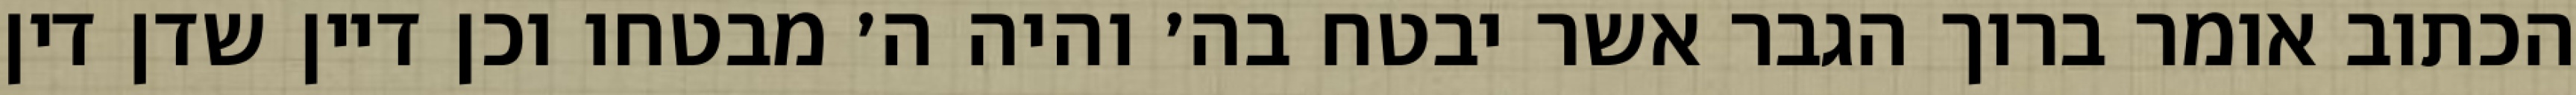
הכתוב אומר ברוך הגבר אשר יבטח בה׳ והיה ה׳ מבטחו וכן דיין שדן דין